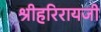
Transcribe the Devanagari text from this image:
श्रीहरिरायजी